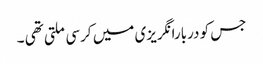
جس کو دربارانگریزی میں کرسی ملتی تھی ۔